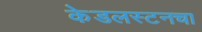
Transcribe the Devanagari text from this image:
केडलस्टनचा